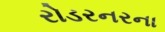
રોડરનરના